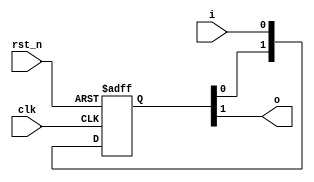
/**********************************************************************
 * DO WHAT THE FUCK YOU WANT TO AND DON'T BLAME US PUBLIC LICENSE     *
 *                    Version 3, April 2008                           *
 *                                                                    *
 * Copyright (C) 2018 Luke Wren                                       *
 *                                                                    *
 * Everyone is permitted to copy and distribute verbatim or modified  *
 * copies of this license document and accompanying software, and     *
 * changing either is allowed.                                        *
 *                                                                    *
 *   TERMS AND CONDITIONS FOR COPYING, DISTRIBUTION AND MODIFICATION  *
 *                                                                    *
 * 0. You just DO WHAT THE FUCK YOU WANT TO.                          *
 * 1. We're NOT RESPONSIBLE WHEN IT DOESN'T FUCKING WORK.             *
 *                                                                    *
 *********************************************************************/

// A standard 2FF synchronizer; used to mitigate metastabilities as part
// of more-comprehensive async handshakes.
// The implementation provided here is... ok... but you should use
// this wrapper to inject your own FPGA- or library-specific cells.

 module sync_1bit #(
	parameter N_STAGES = 2 // Should be >=2
) (
	input wire clk,
	input wire rst_n,
	input wire i,
	output wire o
);

(* keep = 1'b1 *) reg [N_STAGES-1:0] sync_flops;

always @ (posedge clk or negedge rst_n)
	if (!rst_n)
		sync_flops <= {N_STAGES{1'b0}};
	else
		sync_flops <= {sync_flops[N_STAGES-2:0], i};

assign o = sync_flops[N_STAGES-1];

endmodule